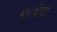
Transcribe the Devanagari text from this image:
भूमाविद्या